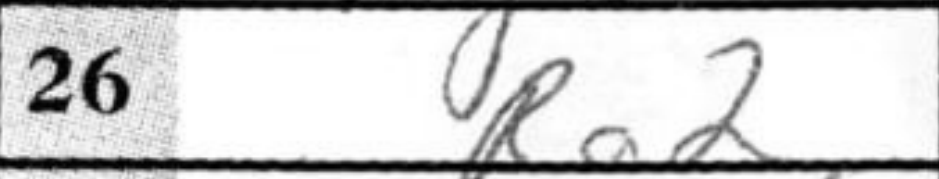
Transcription: Ra2